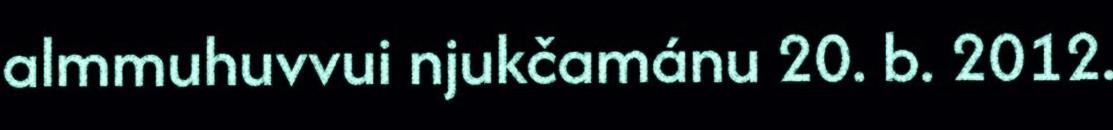
almmuhuvvui njukčamánu 20. b. 2012.